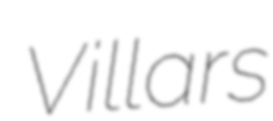
Villars